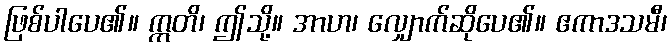
ဖြစ်ပါပေ၏။ ဣတိ၊ ဤသို့။ အာဟ၊ လျှောက်ဆိုပေ၏။ ဧကာဒသမီ၊